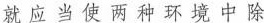
就应当使两种环境中除